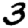
Digit: 3